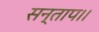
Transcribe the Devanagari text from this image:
सन्‍ताप।।